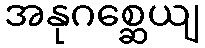
အနုဂစ္ဆေယျ